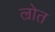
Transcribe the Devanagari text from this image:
ल्रोत